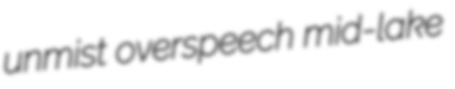
unmist overspeech mid-lake